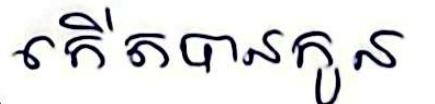
កើតបានកូន